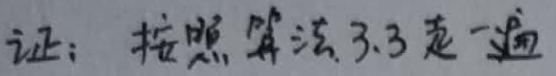
证：按照算法3.3走一遍